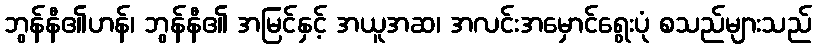
ဘွန်နီ၏ဟန်၊ ဘွန်နီ၏ အမြင်နှင့် အယူအဆ၊ အလင်းအမှောင်ရွေးပုံ စသည်များသည်